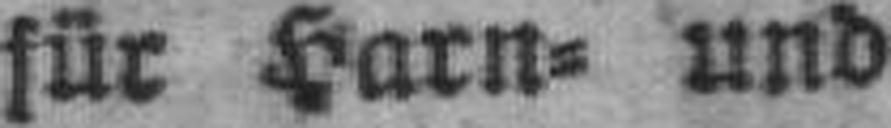
für Harn= und